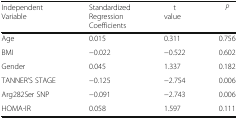
<table><thead><tr><td><b>IndependentVariable</b></td><td><b>StandardizedRegressionCoefficients</b></td><td><b>tvalue</b></td><td><b><i>P</i></b></td></tr></thead><tbody><tr><td>Age</td><td>0.015</td><td>0.311</td><td>0.756</td></tr><tr><td>BMI</td><td>−0.022</td><td>−0.522</td><td>0.602</td></tr><tr><td>Gender</td><td>0.045</td><td>1.337</td><td>0.182</td></tr><tr><td>TANNER’S STAGE</td><td>−0.125</td><td>−2.754</td><td>0.006</td></tr><tr><td>Arg282Ser SNP</td><td>−0.091</td><td>−2.743</td><td>0.006</td></tr><tr><td>HOMA-IR</td><td>0.058</td><td>1.597</td><td>0.111</td></tr></tbody></table>